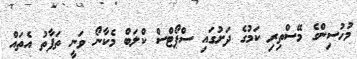
މުހުސިންގެ މޭސްތިރި ކަމުގެ ދަށުގައި ސްޕޯޓްސް ކްލަބް މެކާނޯ ވަނީ ތަފާތު އެތައް